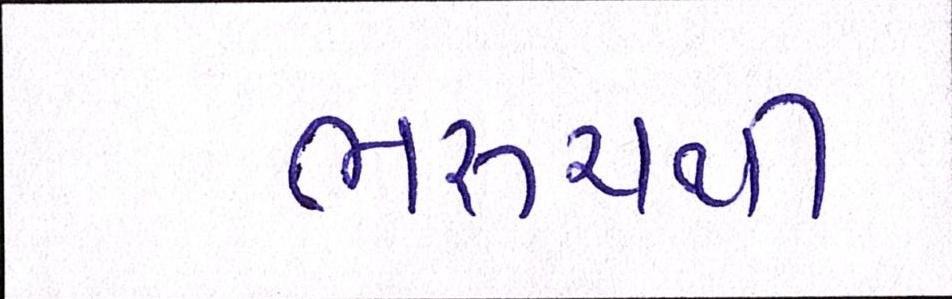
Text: ભરૂચથી